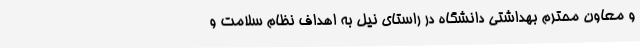
و معاون محترم بهداشتی دانشگاه در راستای نیل به اهداف نظام سلامت و